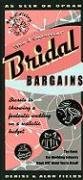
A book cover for Bridal Bargains, 9th Edition: Secrets to Throwing a Fantastic Wedding on a Realistic Budget (Bridal Bargains: Secrets to Throwing a Fantastic Wedding on a Realistic Budget); Denise Fields; Crafts, Hobbies & Home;